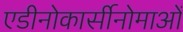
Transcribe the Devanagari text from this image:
एडीनोकार्सीनोमाओं